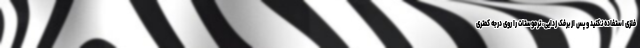
فلزی استفاده نکنید و پس از برفک زدایی، ترموستات را روی درجه کمتری